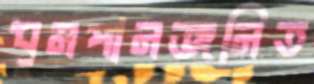
ধূমপানজনিত